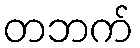
တဘက်